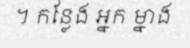
។ កន្លែង អ្នក ម្នាង